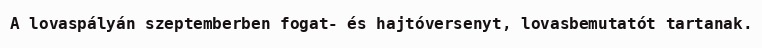
A lovaspályán szeptemberben fogat- és hajtóversenyt, lovasbemutatót tartanak.